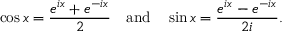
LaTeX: \cos x = { \frac { e ^ { i x } + e ^ { - i x } } { 2 } } \quad { \mathrm { a n d } } \quad \sin x = { \frac { e ^ { i x } - e ^ { - i x } } { 2 i } } .